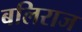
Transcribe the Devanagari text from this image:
बलिराज